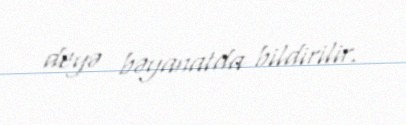
deyə bəyanatda bildirilir.